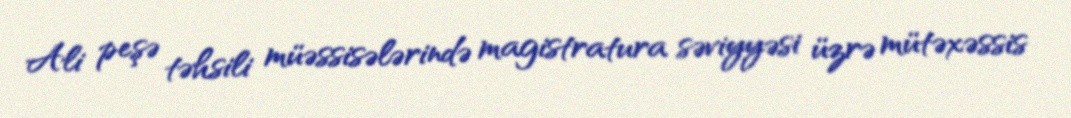
Ali peşə təhsili müəssisələrində magistratura səviyyəsi üzrə mütəxəssis